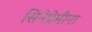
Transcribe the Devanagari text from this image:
सिनेप्रेमींना